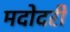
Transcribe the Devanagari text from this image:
मदोदरी